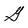
Character: G